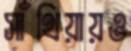
সাঁথিয়ায়ও